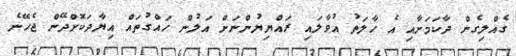
ގެއްލިގެން ދާކަމަށާއި އެ ހާލަތު އުވާލައި ރައްޔިޔުންނަށް އަލުން ހައްގުތައް އިޔާދަކޮށްދޭން ޖެހޭނެ